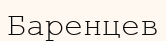
Баренцев